Sanitation, dispensaries and jails vaccination Rajputana 1922-1927 - 1922-1927
Year: 1922
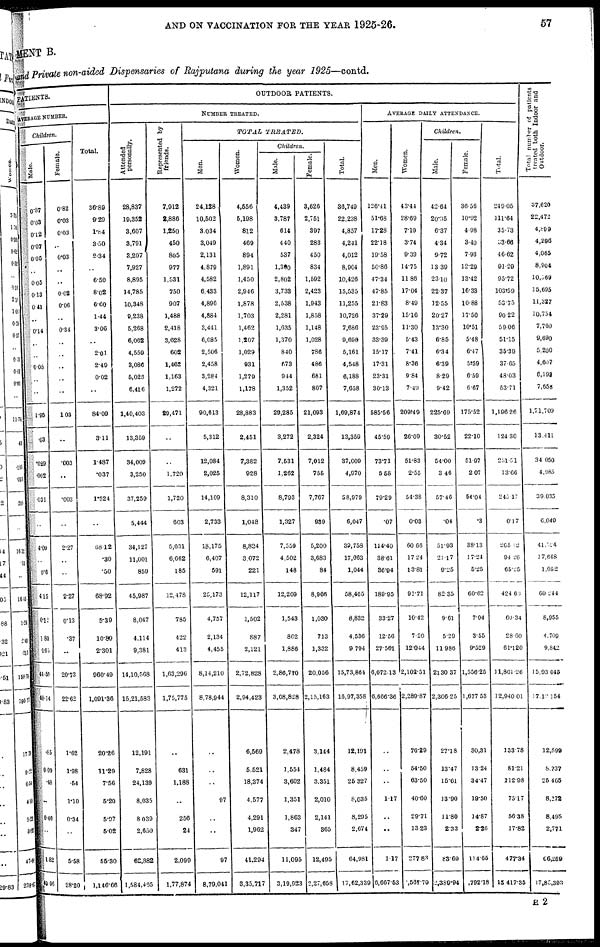
AND ON VACCINATION FOR THE YEAR 1925-26.
57
MENT B.
and Private non-aided Dispensaries of Rajputana during the year 1925—contd.
PATIENTS.
AVERAGE NUMBER.
Children.
Male.
0.87
0.03
0.12
0.07
0.05
..
0.05
0.13
0.41
..
0.14
..
..
0.08
..
..
1.95
.03
.029
.002
.031
..
4.09
..
0.6
4.15
0.12
1.80
.165
44.55
48.14
.85
0.09
.48
..
0.4
..
1.82
49.96
Female.
0.82
0.03
0.03
..
0.03
..
..
0.02
0.06
..
0.34
..
..
..
..
..
1.03
..
.003
..
.003
..
2.27
..
..
2.27
0.13
.37
..
20.73
22.62
1.62
1.98
.54
1.10
0.34
..
5.58
28.20
Total.
36.89
9.29
1.84
3.50
2.34
..
6.59
8.02
6.60
1.44
3.00
..
2.01
2.49
0.02
..
84.09
3.11
1.487
.037
1.524
..
68.l2
.30
.50
68.92
5.39
10.89
2.301
960.49
1,091.36
20.26
11.29
7.56
6.20
5.97
5.02
55.30
l,146.66
OUTDOOR PATIENTS.
NUMBER TREATED.
Attended
personally.
28,837
19,352
3,607
3,791
3,207
7,927
8,895
14,785
10,348
9,238
5,268
6,062
4,559
3,086
5,025
6,416
1,40,403
13,359
34,009
3,250
37,259
5,444
34,127
11,001
859
45,987
8,047
4,114
9,381
14,10,508
15,21,583
12,191
7,828
24,139
8,035
8, 039
2,650
62,882
1,584,465
Represented by
friends.
7,912
2,886
1,250
450
805
977
1,531
750
907
1,488
2,418
3,628
602
1,462
1,163
1,272
29,471
..
..
1,720
1,720
603
5,631
6,662
185
12,478
785
422
413
1,03,290
1,75,775
..
631
1,188
..
256
24
2,099
1,77,874
TOTAL
TREATED.
Men.
24,128
10,502
3,034
3,049
2,131
4,879
4,582
6,433
4,896
4,884
3,441
6,085
2,506
2,458
3,284
4,321
90,613
5,312
12,084
2,025
14,109
2,733
18,175
6,407
591
25,173
4,757
2,134
4,455
8,14,210
8,78,944
..
..
..
97
..
..
97
8,79,041
Women.
4,556
5,198
812
469
894
1,891
1,450
2,946
1,878
1,703
1,462
1,207
1,029
931
1,279
1,178
28,883
2,451
7,382
928
8,310
1,048
8,824
3,072
221
12,117
1,502
887
2,121
2,72,828
2,94,423
6,569
5,521
18,374
4,577
4,291
1,962
41.294
3,35,717
Children.
Male.
4,439
3,787
614
440
537
l,300
2,802
3,733
2,538
2,281
1,635
1,370
840
673
944
1,352
29,285
3,272
7,531
1,262
8,793
1,327
7,559
4,502
148
12,209
1,543
802
1,886
2,80,770
3,08,828
2,478
1,554
3,602
1,351
1,863
347
11,095
3,19,923
Female.
3,626
2,751
397
283
450
834
1,592
2,423
1,943
1,858
1,148
1,028
786
486
681
807
21,093
2,324
7,012
755
7,767
939
5,200
3,683
84
8,966
1,030
713
1,332
20,056
2,15,163
3,144
1,484
3,351
2,010
2,141
365
12,495
2,27,668
Total.
36,749
22,238
4,857
4,241
4,012
8,904
10,426
15,535
11,255
10,726
7,686
9,690
5,161
4,548
6,188
7,658
1,69,874
13,359
37,009
4,970
38,979
6,047
39,758
17,663
1,044
58,465
8,832
4,536
9,794
15,73,864
16,97,358
12,191
8,459
26,327
8,035
8,295
2,674
64,981
17,62,339
AVERAGE DAILY ATTENDANCE.
Men.
126.41
51.68
17.28
22.18
19.58
50.86
47.34
47.85
21.83
37.29
23.95
33.39
15.17
17.31
23.31
30.13
585.56
45.59
73.71
5.58
79.29
.07
114.40
38.61
36.94
189.95
33.27
12.56
27.501
6,072.13
6,666.36
..
..
..
1.17
..
..
1.17
6,667.53
Women.
43.44
28.69
7.10
374
9.39
14.75
11.86
17.04
8.49
15.10
11.30
5.43
7.41
8.36
9.84
7.49
209.49
26.09
51.83
2.55
54.38
0.03
60.66
17.24
13.81
91.71
10.42
7.20
12.044
2,102.51
2,289.87
76.29
54.50
63.50
40.60
29.71
13.23
277. 83
5,567.79
Children.
Male.
42.64
20.35
6.37
4.34
9.72
13.39
23.10
22.37
12.55
20.27
13.30
6.85
6.34
6.39
8.29
9.42
225.69
30.52
54.00
3.46
57.46
.04
51.93
21.17
9.25
82.35
9.61
5.29
11.986
2130.37
2,306.25
27.18
13.47
15.61
13.90
11.80
2.33
83.69
2,389.94
Female.
36.56
10.92
4.08
3.40
7.93
12.29
13.42
16.33
10.88
17.50
10.51
5.48
6.47 1
5.59
6.59
6.67
175.52
22.10
51.97
2.07
54.04
.3
38.13
17.24
5.25
60.02
7.04
3.55
9.529
1,556.25
1,677.53
30,31
13.24
34.47
19.50
14.87
2.26
114.65
1,792.18
Total.
249.05
111.64
35.73
33.66
46.62
91.29
95.72
103.59
53.75
90.22
59.06
51.15
35.39
37.65
48.03
53.71
1,196.26
124.30
231.51
13.66
240.17
0.17
265.12
94.26
65.25
424.63
60.34
28.60
61.120
11,861.26
12,940.01
133.78
81.21
112.98
75.17
56.38
17.82
477.34
15,417.35
Total number of patients
treated both Indoor and
Outdoor.
37,620
22,472
4,899
4,296
4,065
8,904
10,569
15,695
11,327
10,754
7,760
9,690
5,200
4,607
6,193
7,658
1,71,709
13,411
34,050
4,985
39,035
6,049
41,324
17,668
1,052
60,244
8,955
4,709
9,842
15,93,045
17,19154
12,599
8,737
25, 465
8,172
8,495
2,771
66,289
17,85,393
H 2